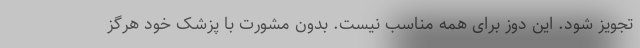
تجویز شود. این دوز برای همه مناسب نیست. بدون مشورت با پزشک خود هرگز